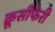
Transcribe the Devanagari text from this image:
क्रूसीफेरी